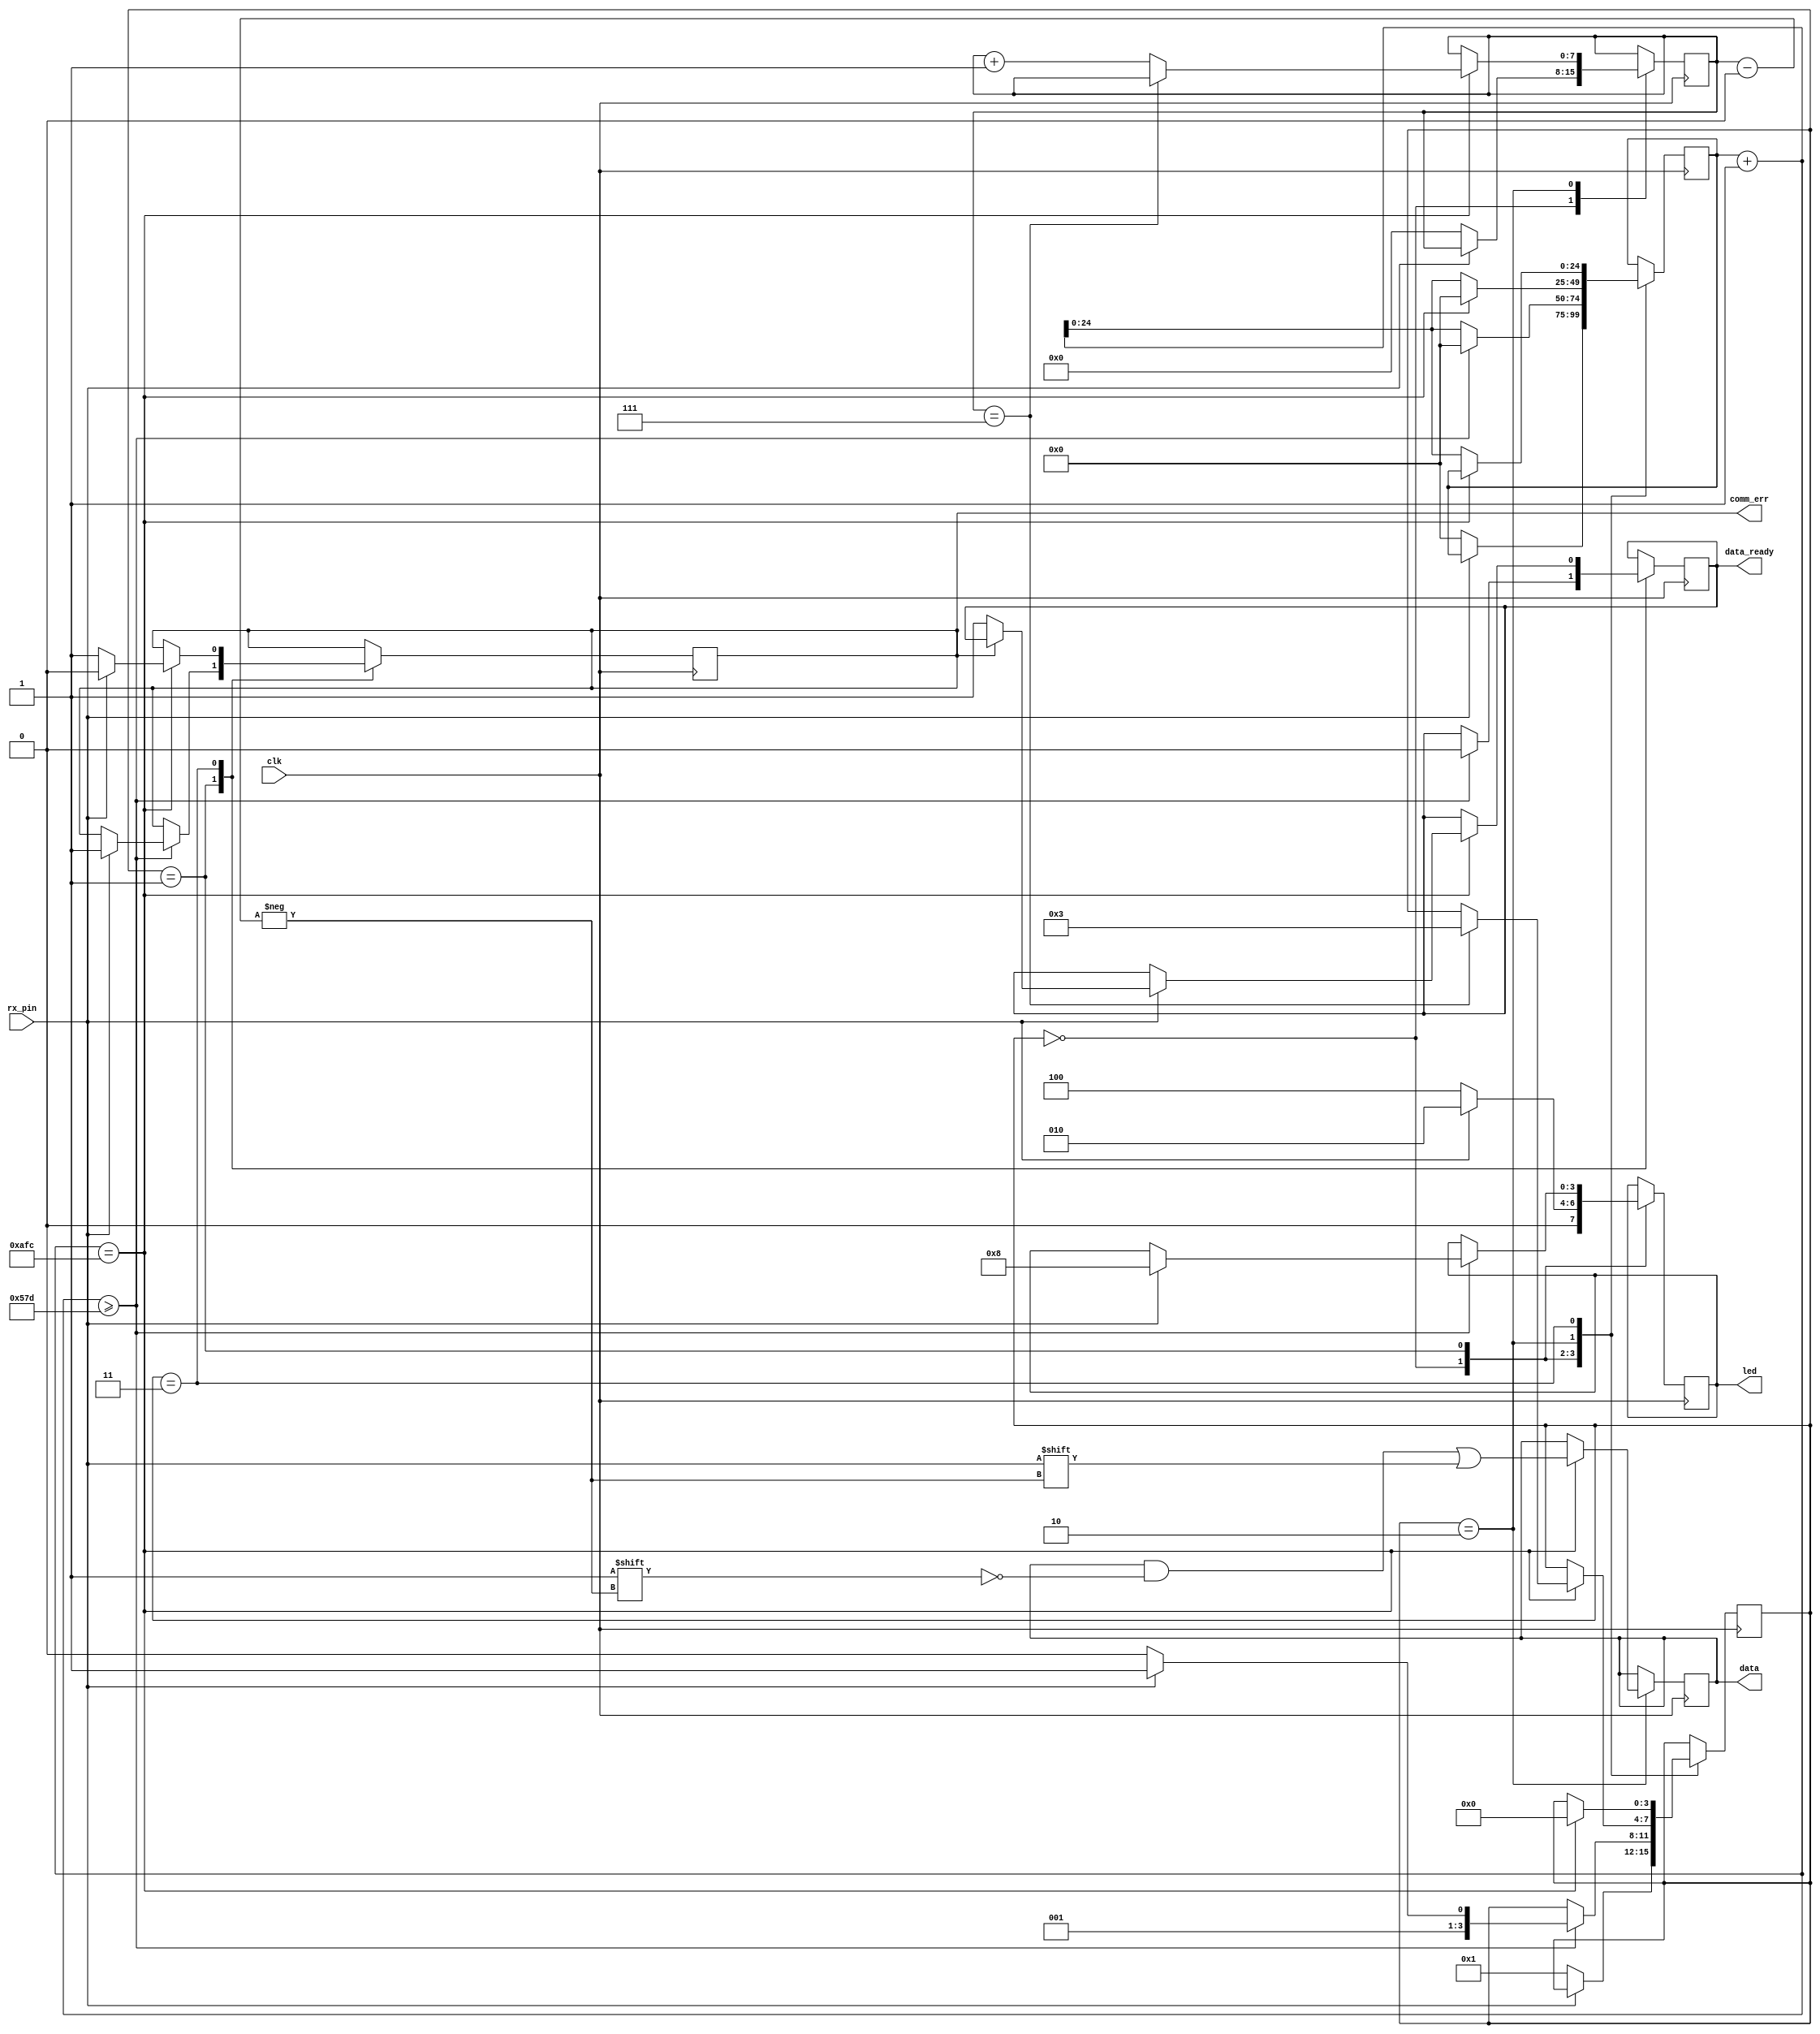
module uart_rx
#(
    parameter DELAY_FRAMES = 2812, // 27,000,000 (27Mhz) / 9600 Baud rate
    parameter BIT_PER_WORD = 7 
)
(
    input rx_pin,
    output [3:0] led,
    input clk,
    output [BIT_PER_WORD:0] data,
    output data_ready,
    output comm_err
);

localparam HALF_DELAY_FRAMES = DELAY_FRAMES/2 - 1;

localparam UART_RX_STATE_WAIT       = 0;
localparam UART_RX_STATE_START_BIT  = 1;
localparam UART_RX_STATE_RECEIVE    = 2;
localparam UART_RX_STATE_STOP_BIT   = 3;
localparam UART_RX_STATE_DONE       = 4;

reg [3:0] state = UART_RX_STATE_WAIT;
reg [24:0] rx_counter = 0;
reg [7:0] bit_counter = 0;
reg [BIT_PER_WORD:0] data_reg = 0;
reg data_ready_reg = 0;
reg [3:0] ledReg = 1;
reg [23:0] clockCounter = 0;
reg err_reg = 0;

always @(posedge clk) begin
    case (state)
        UART_RX_STATE_WAIT: begin
            ledReg <= 2;
            if (rx_pin == 0) begin
                state <= UART_RX_STATE_START_BIT;
                rx_counter <= 0;
                bit_counter <= 0;
                ledReg <= 4;
            end
        end
        UART_RX_STATE_START_BIT: begin
            if ((rx_counter + 1) >= HALF_DELAY_FRAMES) begin
                if (rx_pin == 0) begin
                    state <= UART_RX_STATE_RECEIVE;
                end
                else begin
                    err_reg <= 1;
                    state <= UART_RX_STATE_STOP_BIT;
                    ledReg <= 8;
                end
                rx_counter <= 0;
                data_ready_reg <= 0;
            end else
                rx_counter <= rx_counter + 1;
        end
        UART_RX_STATE_RECEIVE : begin
            if ((rx_counter + 1) == DELAY_FRAMES) begin
                data_reg[bit_counter] = rx_pin;
                if (bit_counter == BIT_PER_WORD) begin
                    state <= UART_RX_STATE_STOP_BIT;
                end else
                    bit_counter <= bit_counter + 1;
                rx_counter <= 0;
            end else
                rx_counter <= rx_counter + 1;
        end
        UART_RX_STATE_STOP_BIT : begin
            if ((rx_counter + 1) == DELAY_FRAMES) begin
                state <= UART_RX_STATE_WAIT;
                if (rx_pin == 1) begin
                    err_reg <= 0;
                    if (err_reg == 0) begin
                        data_ready_reg <= 1;
                    end
                end
                else
                    err_reg <= 1;
            end else
                rx_counter <= rx_counter + 1;
        end
    endcase
end

assign led = ledReg;
assign data_ready = data_ready_reg;
assign data = data_reg;
assign comm_err = err_reg;

endmodule